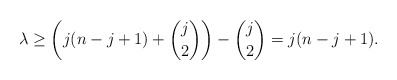
\begin{align*}\lambda \geq \left( j(n-j+1) + \binom{j}{2} \right) - \binom{j}{2} = j(n-j+1).\end{align*}